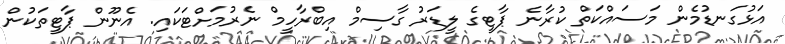
އަޅުގަނޑުމެން މަސައްކަތް ކުރާނެ ޕާޓީގެ ލީޑަރު ގާސިމް އިބްރާހީމް ނެރުމަށްޓަކައި. އެނޫން ޕާޓީތަކުން